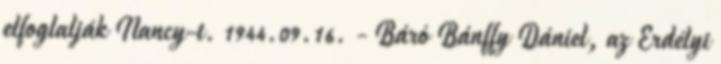
elfoglalják Nancy-t. 1944.09.16. - Báró Bánffy Dániel, az Erdélyi